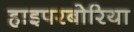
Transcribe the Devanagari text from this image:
हाइपरबोरिया